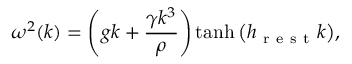
\omega ^ { 2 } ( k ) = \left( g k + \frac { \gamma k ^ { 3 } } { \rho } \right) \operatorname { t a n h } { \left( h _ { \mathrm { ~ r ~ e ~ s ~ t ~ } } k \right) } ,